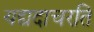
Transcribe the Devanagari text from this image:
यद्यदाचरति